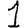
Digit: 1